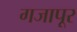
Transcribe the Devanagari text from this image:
गजापूर